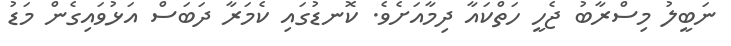
ނަބީލު މިސްރާބު ޖެހީ ހަތްކައާ ދިމާއަށެވެ. ކޮނޑުގައި ކެމަރާ ދަބަސް އަޅުވައިގެން މަޑު